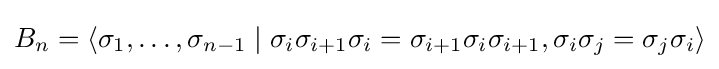
B_{n}=\left\langle \sigma _{1},\ldots ,\sigma _{n-1}\mid \sigma _{i}\sigma _{i+1}\sigma _{i}=\sigma _{i+1}\sigma _{i}\sigma _{i+1},\sigma _{i}\sigma _{j}=\sigma _{j}\sigma _{i}\right\rangle